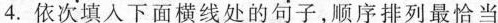
4.依次填入下面横线处的句子，顺序排列最恰当